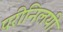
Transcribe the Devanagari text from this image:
परीनिलयी